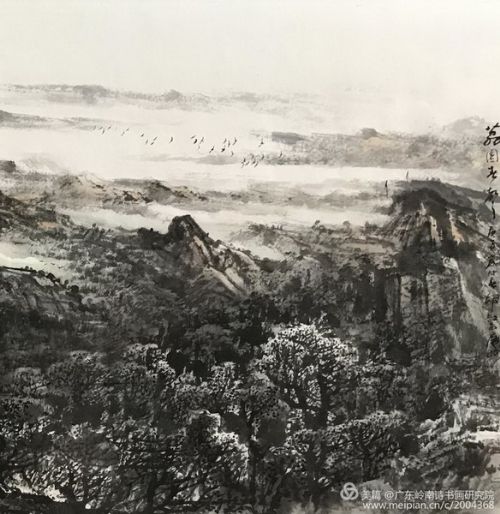
窣地春袍，嫩色宜相照。